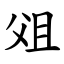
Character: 㸖